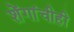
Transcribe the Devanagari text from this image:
शेंगांचीही